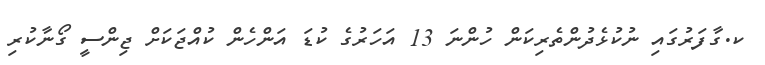
ކ.ގާފަރުގައި ނުކުޅެދުންތެރިކަން ހުންނަ 13 އަހަރުގެ ކުޑަ އަންހެން ކުއްޖަކަށް ޖިންސީ ގޯނާކުރި